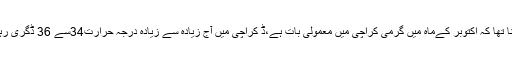
غلام رسول کا کہنا تھا کہ اکتوبر کےماہ میں گرمی کراچی میں معمولی بات ہے،ڈ کراچی میں آج زیادہ سے زیادہ درجہ حرارت34سے 36 ڈگری رہنے کا امکان ہے۔